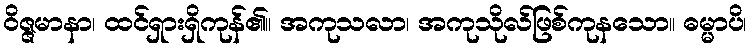
ဝိဇ္ဇမာနာ၊ ထင်ရှားရှိကုန်၏။ အကုသလာ၊ အကုသိုလ်ဖြစ်ကုနသော။ ဓမ္မာပိ၊